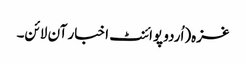
غزہ(اُردو پوائنٹ اخبار آن لائن۔